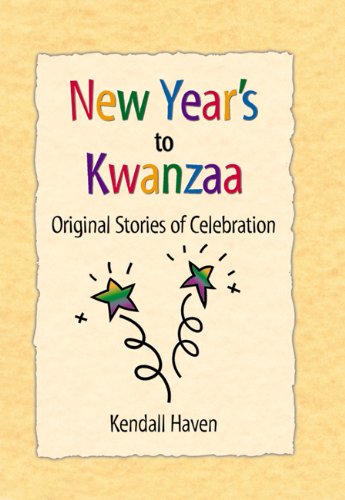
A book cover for New Year's to Kwanzaa: Original Stories of Celebration; Kendall Haven; Children's Books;